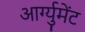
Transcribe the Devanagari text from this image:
आर्ग्युमेंट